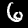
Label: 6